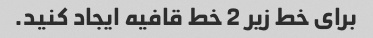
برای خط زیر 2 خط قافیه ایجاد کنید.